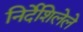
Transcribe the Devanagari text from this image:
निर्देशिलेले